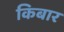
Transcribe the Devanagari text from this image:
किबार